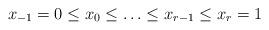
LaTeX: \begin{align*}x_{-1}=0\leq x_0 \leq \ldots \leq x_{r-1} \leq x_r = 1\end{align*}